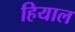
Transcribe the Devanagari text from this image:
हियाल